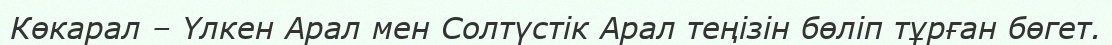
Көкарал – Үлкен Арал мен Солтүстік Арал теңізін бөліп тұрған бөгет.